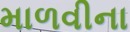
માળવીના